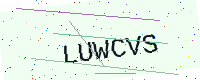
Text: LUWCVS